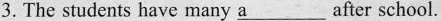
3.The students have many \underline{a} after school.